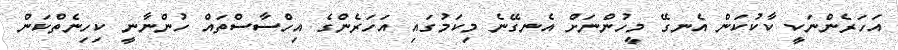
އަހަރެންނަކީ ކާކުކަން އެނގޭ މީހުންނަށް އެނގޭނެ މިކަމުގައި އަހަރެންގެ އިހްސާސްތައް ހުންނާނީ ކިހިނެތްކަން